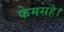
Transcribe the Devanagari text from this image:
फेमसहै।